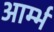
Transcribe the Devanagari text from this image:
आर्म्भ